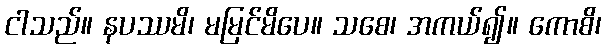
ငါသည်။ နပဿမိ၊ မမြင်မိပေ။ သစေ၊ အကယ်၍။ ကောစိ၊